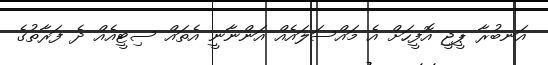
އަނބުރާ ޕީޖީ އޮފީހަށް އެ މައްސަލައެއް އަންނާނީ އެތައް ސިޓީއެއް ދެ ފަރާތުގެ